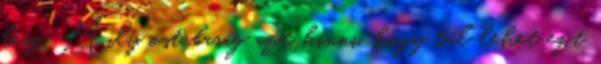
kész. Mily ostobaság azt hinni, hogy túl lehet ezt